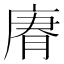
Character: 𢉼